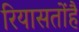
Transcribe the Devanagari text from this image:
रियासतोंहै